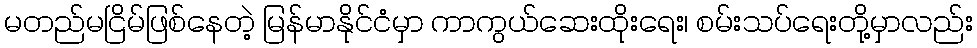
မတည်မငြိမ်ဖြစ်နေတဲ့ မြန်မာနိုင်ငံမှာ ကာကွယ်ဆေးထိုးရေး၊ စမ်းသပ်ရေးတို့မှာလည်း